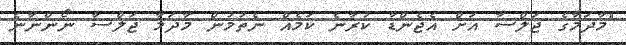
"މާދަމާގެ ޖަލްސާ އަށް އެޖެންޑާ ކުރާނެ ކަމެއް ނެތުމުން މާދަމާ ޖަލްސާ ނޯންނާނެ